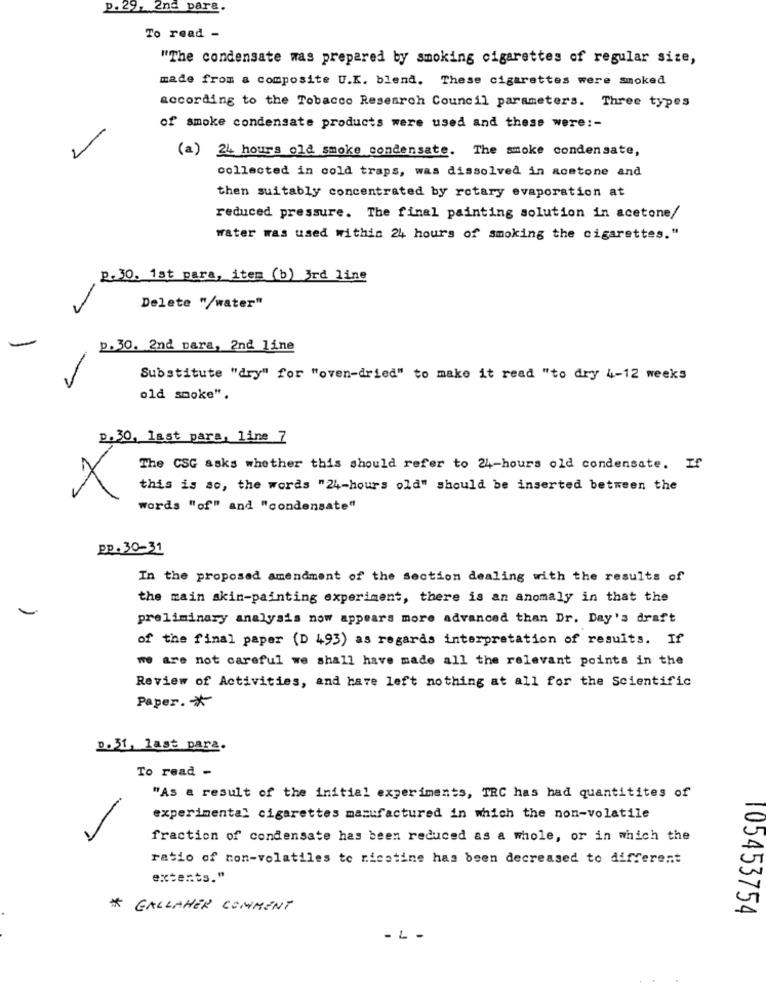
p. 29, 2nd para.
To read -
"The condensate was prepared by smoking cigarettes of regular size,
made from a composite U.K. blend. These cigarettes were smoked
according to the Tobacco Research Council parameters. Three types
of smoke condensate products were used and these were :-
(a) 24 hours old smoke condensate. The smoke condensate,
collected in cold traps, was dissolved in aostone and
then suitably concentrated by rotary evaporation at
reduced pressure. The final painting solution in acetone/
water was used within 24 hours of smoking the cigarettes."
p.30. 1st para, item (b) 3rd line
Delete "/water"
p. 30. 2nd para, 2nd line
Substitute "dry" for "oven-dried" to make it read "to dry 4-12 weeks
old smoke".
p. 30, last para, line 7
The CSG asks whether this should refer to 24-hours old condensate. If
this is so, the words "24-hours old" should be inserted between the
words "of" and "condensate"
PP . 30-31
In the proposed amendment of the section dealing with the results of
the main skin-painting experiment, there is an anomaly in that the
preliminary analysis now appears more advanced than Dr. Day's draft
of the final paper (D 493) as regards interpretation of results. If
we are not careful we shall have made all the relevant points in the
Review of Activities, and have left nothing at all for the Scientific
Paper. *
D.31, last para.
To read -
"As a result of the initial experiments, TRC has had quantitites of
experimental cigarettes manufactured in which the non-volatile
fraction of condensate has been reduced as a whole, or in which the
ratio of non-volatiles to nicotine has been decreased to different
extents."
* GALLAHER COMMENT
105453754
- L -